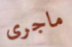
ماجرى